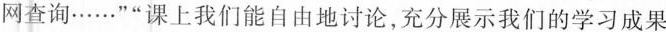
网查询……””课上我们能自由地讨论，充分展示我们的学习成果